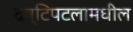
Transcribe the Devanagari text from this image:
दृष्टिपटलामधील